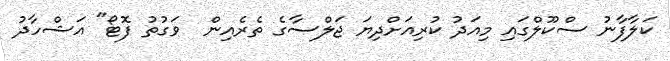
ކަލާފާނު ސްކޫލްގައި މިއަދު ކުރިއަށްދިޔަ ޖަލްސާގެ ތެރެއިން  ވަގުތު ފޮޓޯ" އަޝްހާދު